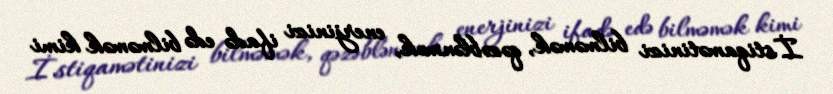
İstiqamətinizi bilməmək, qəzəblənmək, enerjinizi ifadə edə bilməmək kimi